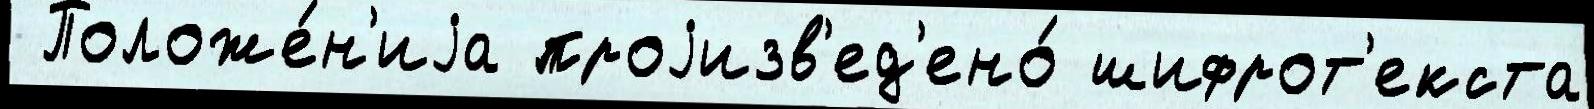
 Положе́н'иjа проjизв'ед'ено́ шифрот'екста